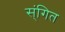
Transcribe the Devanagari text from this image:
स्ंगित